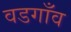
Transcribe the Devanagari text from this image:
वडगाँव